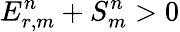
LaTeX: E_{r,m}^{n}+S_{m}^{n}>0